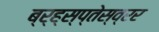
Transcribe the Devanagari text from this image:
ब्र्ह्स्प्तेस्व्रर